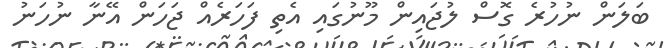
ބަލަން ނުހުރެ ގޮސް ލުޖައިން މޫނުގައި އެތި ފަހަރެއް ޖަހަން އޭނާ ނުހަނު